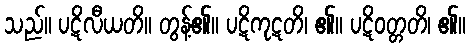
သည်။ ပဋိလီယတိ။ တွန့်၏။ ပဋိကုဋတိ၊ ၏။ ပဋိဝတ္တတိ၊ ၏။